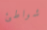
شواطئ